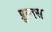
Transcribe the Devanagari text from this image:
प्रूल्क्स